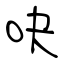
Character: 吷